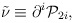
\begin{align*}\tilde \nu \equiv \partial ^i{\cal P}_{2i},\end{align*}